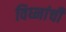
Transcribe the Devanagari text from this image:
विघ्नांची